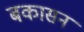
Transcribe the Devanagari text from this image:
बकासन